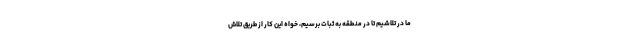
ما در تلاشیم تا در منطقه به ثبات برسیم، خواه این کار از طریق تلاش